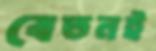
বেতনই